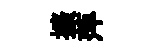
擴萍